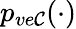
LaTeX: p_{ve\mathcal{C}}(\cdot)